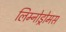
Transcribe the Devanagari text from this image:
लिम्नोड्रोमस